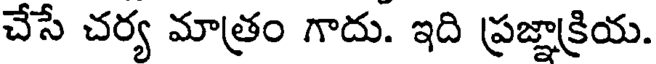
చేసే చర్య మాత్రం గాదు. ఇది ప్రజ్ఞాక్రియ.